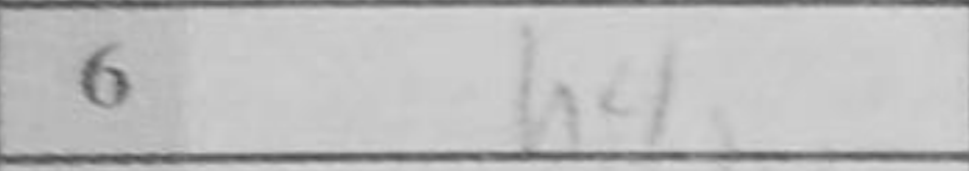
Transcription: h4